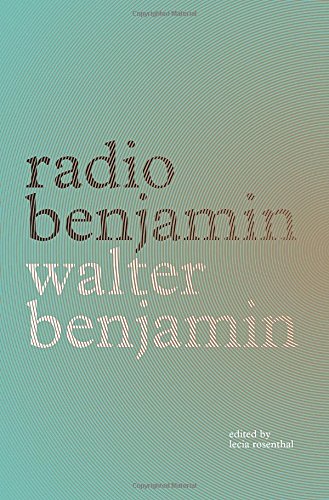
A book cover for Radio Benjamin; Walter Benjamin; Politics & Social Sciences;